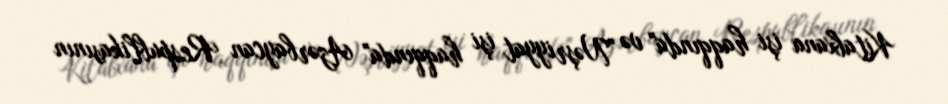
Kitabxana işi haqqında" və "Nəşriyyat işi haqqında" Azərbaycan Respublikasının